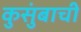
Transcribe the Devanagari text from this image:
कुसुंबाची